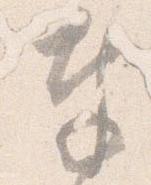
奉